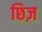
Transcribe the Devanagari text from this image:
छिज़